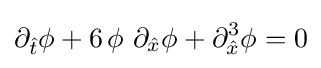
\partial _{\hat {t}}\phi +6\,\phi \ \partial _{\hat {x}}\phi +\partial _{\hat {x}}^{3}\phi =0